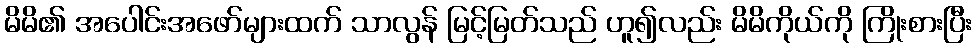
မိမိ၏ အပေါင်းအဖော်များထက် သာလွန် မြင့်မြတ်သည် ဟူ၍လည်း မိမိကိုယ်ကို ကြိုးစားပြီး